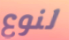
لنوع